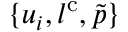
\{ u _ { i } , l ^ { \mathrm { c } } , \tilde { p } \}